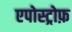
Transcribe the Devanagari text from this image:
एपोस्ट्रोफ़